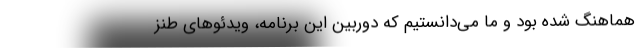
هماهنگ شده بود و ما می‌دانستیم که دوربین این برنامه، ویدئوهای طنز